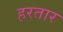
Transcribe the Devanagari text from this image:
हरतार